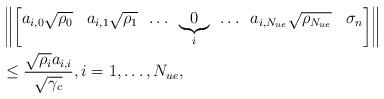
\begin{align*}&\left \Vert \begin{bmatrix} a_{i,0}\sqrt{\rho_{0}} & a_{i,1}\sqrt{\rho_{1}} & \!\ldots\! &\underbrace{0}_{i} & \!\ldots\! & a_{i,N_{ue}}\sqrt{\rho_{N_{ue}}} &\sigma_n\end{bmatrix} \right \Vert \\&\leq \frac{\sqrt{\rho_i} a_{i,i}}{\sqrt{\gamma_c}}, i=1, \ldots, N_{ue}, \end{align*}